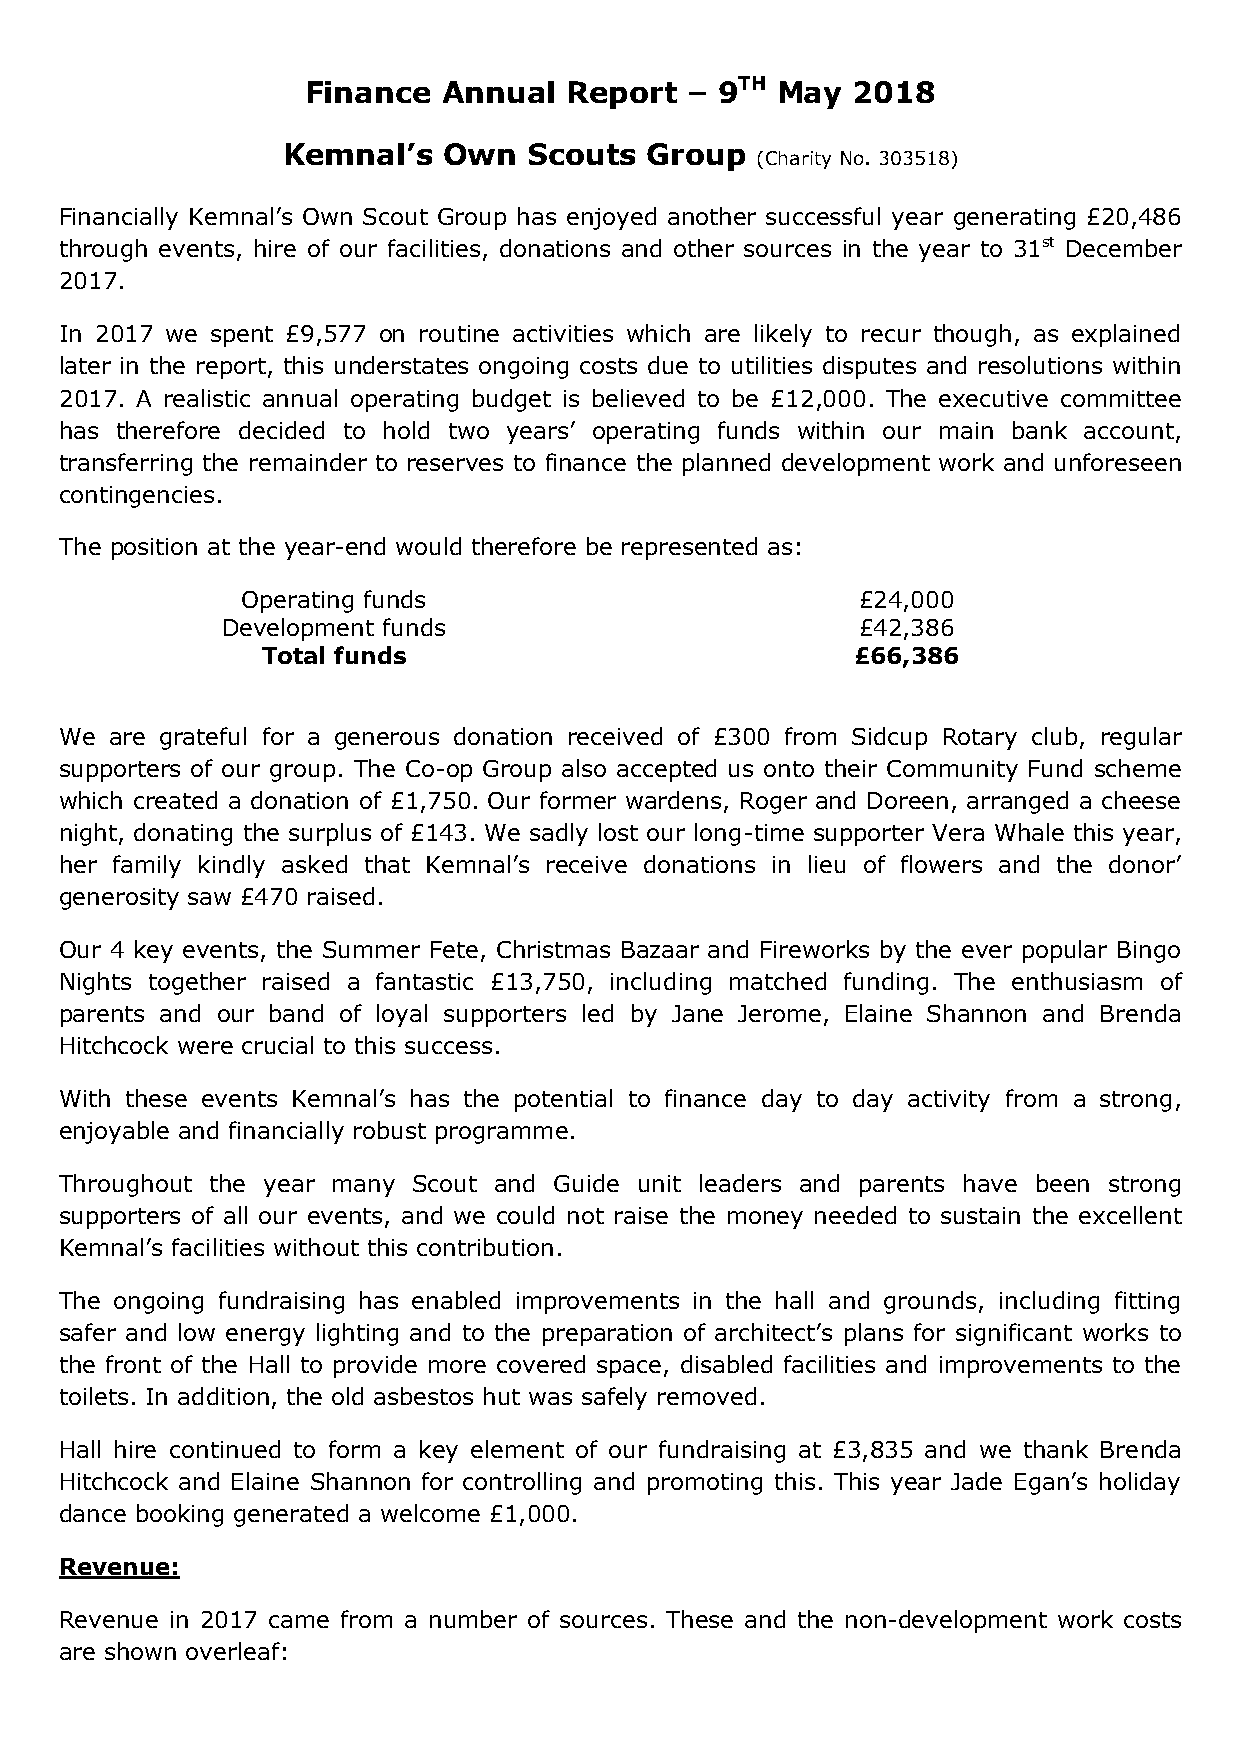
Finance  Annual  Report  – 9TH May  2018
 Kemnal’s  Own   Scouts  Group
 (Charity No. 303518)
 Financially Kemnal’s Own Scout Group has enjoyed another successful year generating £20,486
 through events, hire of our facilities, donations and other sources in the year to 31st December
 2017.
 In 2017 we spent £9,577 on routine activities which are likely to recur though, as explained
 later in the report, this understates ongoing costs due to utilities disputes and resolutions within
 2017. A realistic annual operating budget is believed to be £12,000. The executive committee
 has therefore decided to hold two years’ operating funds within our main bank account,
 transferring the remainder to reserves to finance the planned development work and unforeseen
 contingencies.
 The position at the year-end would therefore be represented as:
 Operating funds                          £24,000
 Development funds                         £42,386
 Total funds                            £66,386
 We are grateful for a generous donation received of £300 from Sidcup Rotary club, regular
 supporters of our group. The Co-op Group also accepted us onto their Community Fund scheme
 which created a donation of £1,750. Our former wardens, Roger and Doreen, arranged a cheese
 night, donating the surplus of £143. We sadly lost our long-time supporter Vera Whale this year,
 her family kindly asked that Kemnal’s receive donations in lieu of flowers and the donor’
 generosity saw £470 raised.
 Our 4 key events, the Summer Fete, Christmas Bazaar and Fireworks by the ever popular Bingo
 Nights together raised a fantastic £13,750, including matched funding. The enthusiasm of
 parents and our band of loyal supporters led by Jane Jerome, Elaine Shannon and Brenda
 Hitchcock were crucial to this success.
 With these events Kemnal’s has the potential to finance day to day activity from a strong,
 enjoyable and financially robust programme.
 Throughout the year many Scout and Guide unit leaders and parents have been strong
 supporters of all our events, and we could not raise the money needed to sustain the excellent
 Kemnal’s facilities without this contribution.
 The ongoing fundraising has enabled improvements in the hall and grounds, including fitting
 safer and low energy lighting and to the preparation of architect’s plans for significant works to
 the front of the Hall to provide more covered space, disabled facilities and improvements to the
 toilets. In addition, the old asbestos hut was safely removed.
 Hall hire continued to form a key element of our fundraising at £3,835 and we thank Brenda
 Hitchcock and Elaine Shannon for controlling and promoting this. This year Jade Egan’s holiday
 dance booking generated a welcome £1,000.
 Revenue:
 Revenue in 2017 came from a number of sources. These and the non-development work costs
 are shown overleaf: